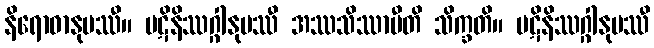
နိရောဓာနုပဿီ။ ပဋိနိဿဂ္ဂါနုပဿီ အဿသိဿာမီတိ သိက္ခတိ။ ပဋိနိဿဂ္ဂါနုပဿီ